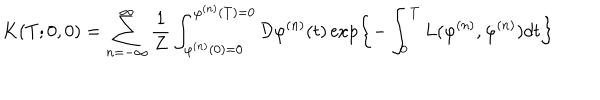
K ( T ; 0 , 0 ) = \sum _ { n = - \infty } ^ { \infty } \frac { 1 } { Z } \int _ { \varphi ^ { ( n ) } ( 0 ) = 0 } ^ { \varphi ^ { ( n ) } ( T ) = 0 } { \cal D } \varphi ^ { ( n ) } ( t ) \exp \left\{ - \int _ { 0 } ^ { T } L ( \varphi ^ { ( n ) } , \dot { \varphi } ^ { ( n ) } ) d t \right\}